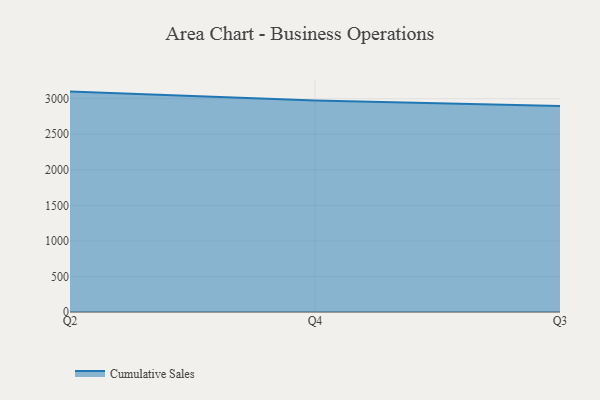
{"axis": {"x": "Quarter", "y": "Page Views"}, "legend": ["Cumulative Sales"], "data": [{"x": "Q2", "y": 3099.7, "type": "Cumulative Sales"}, {"x": "Q4", "y": 2974.8, "type": "Cumulative Sales"}, {"x": "Q3", "y": 2897.8, "type": "Cumulative Sales"}]}